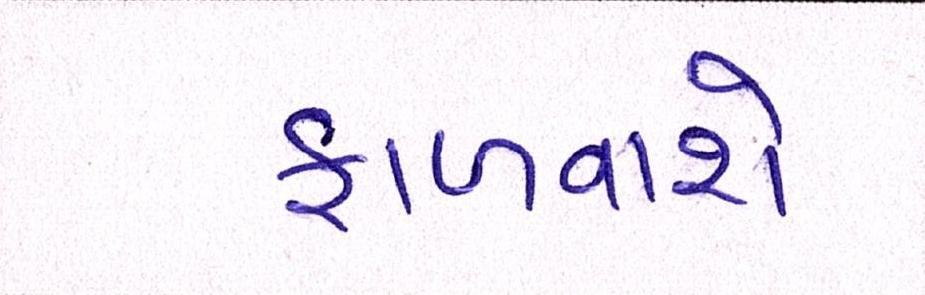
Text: ફાળવાશે